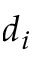
d _ { i }